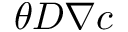
\theta D \nabla c